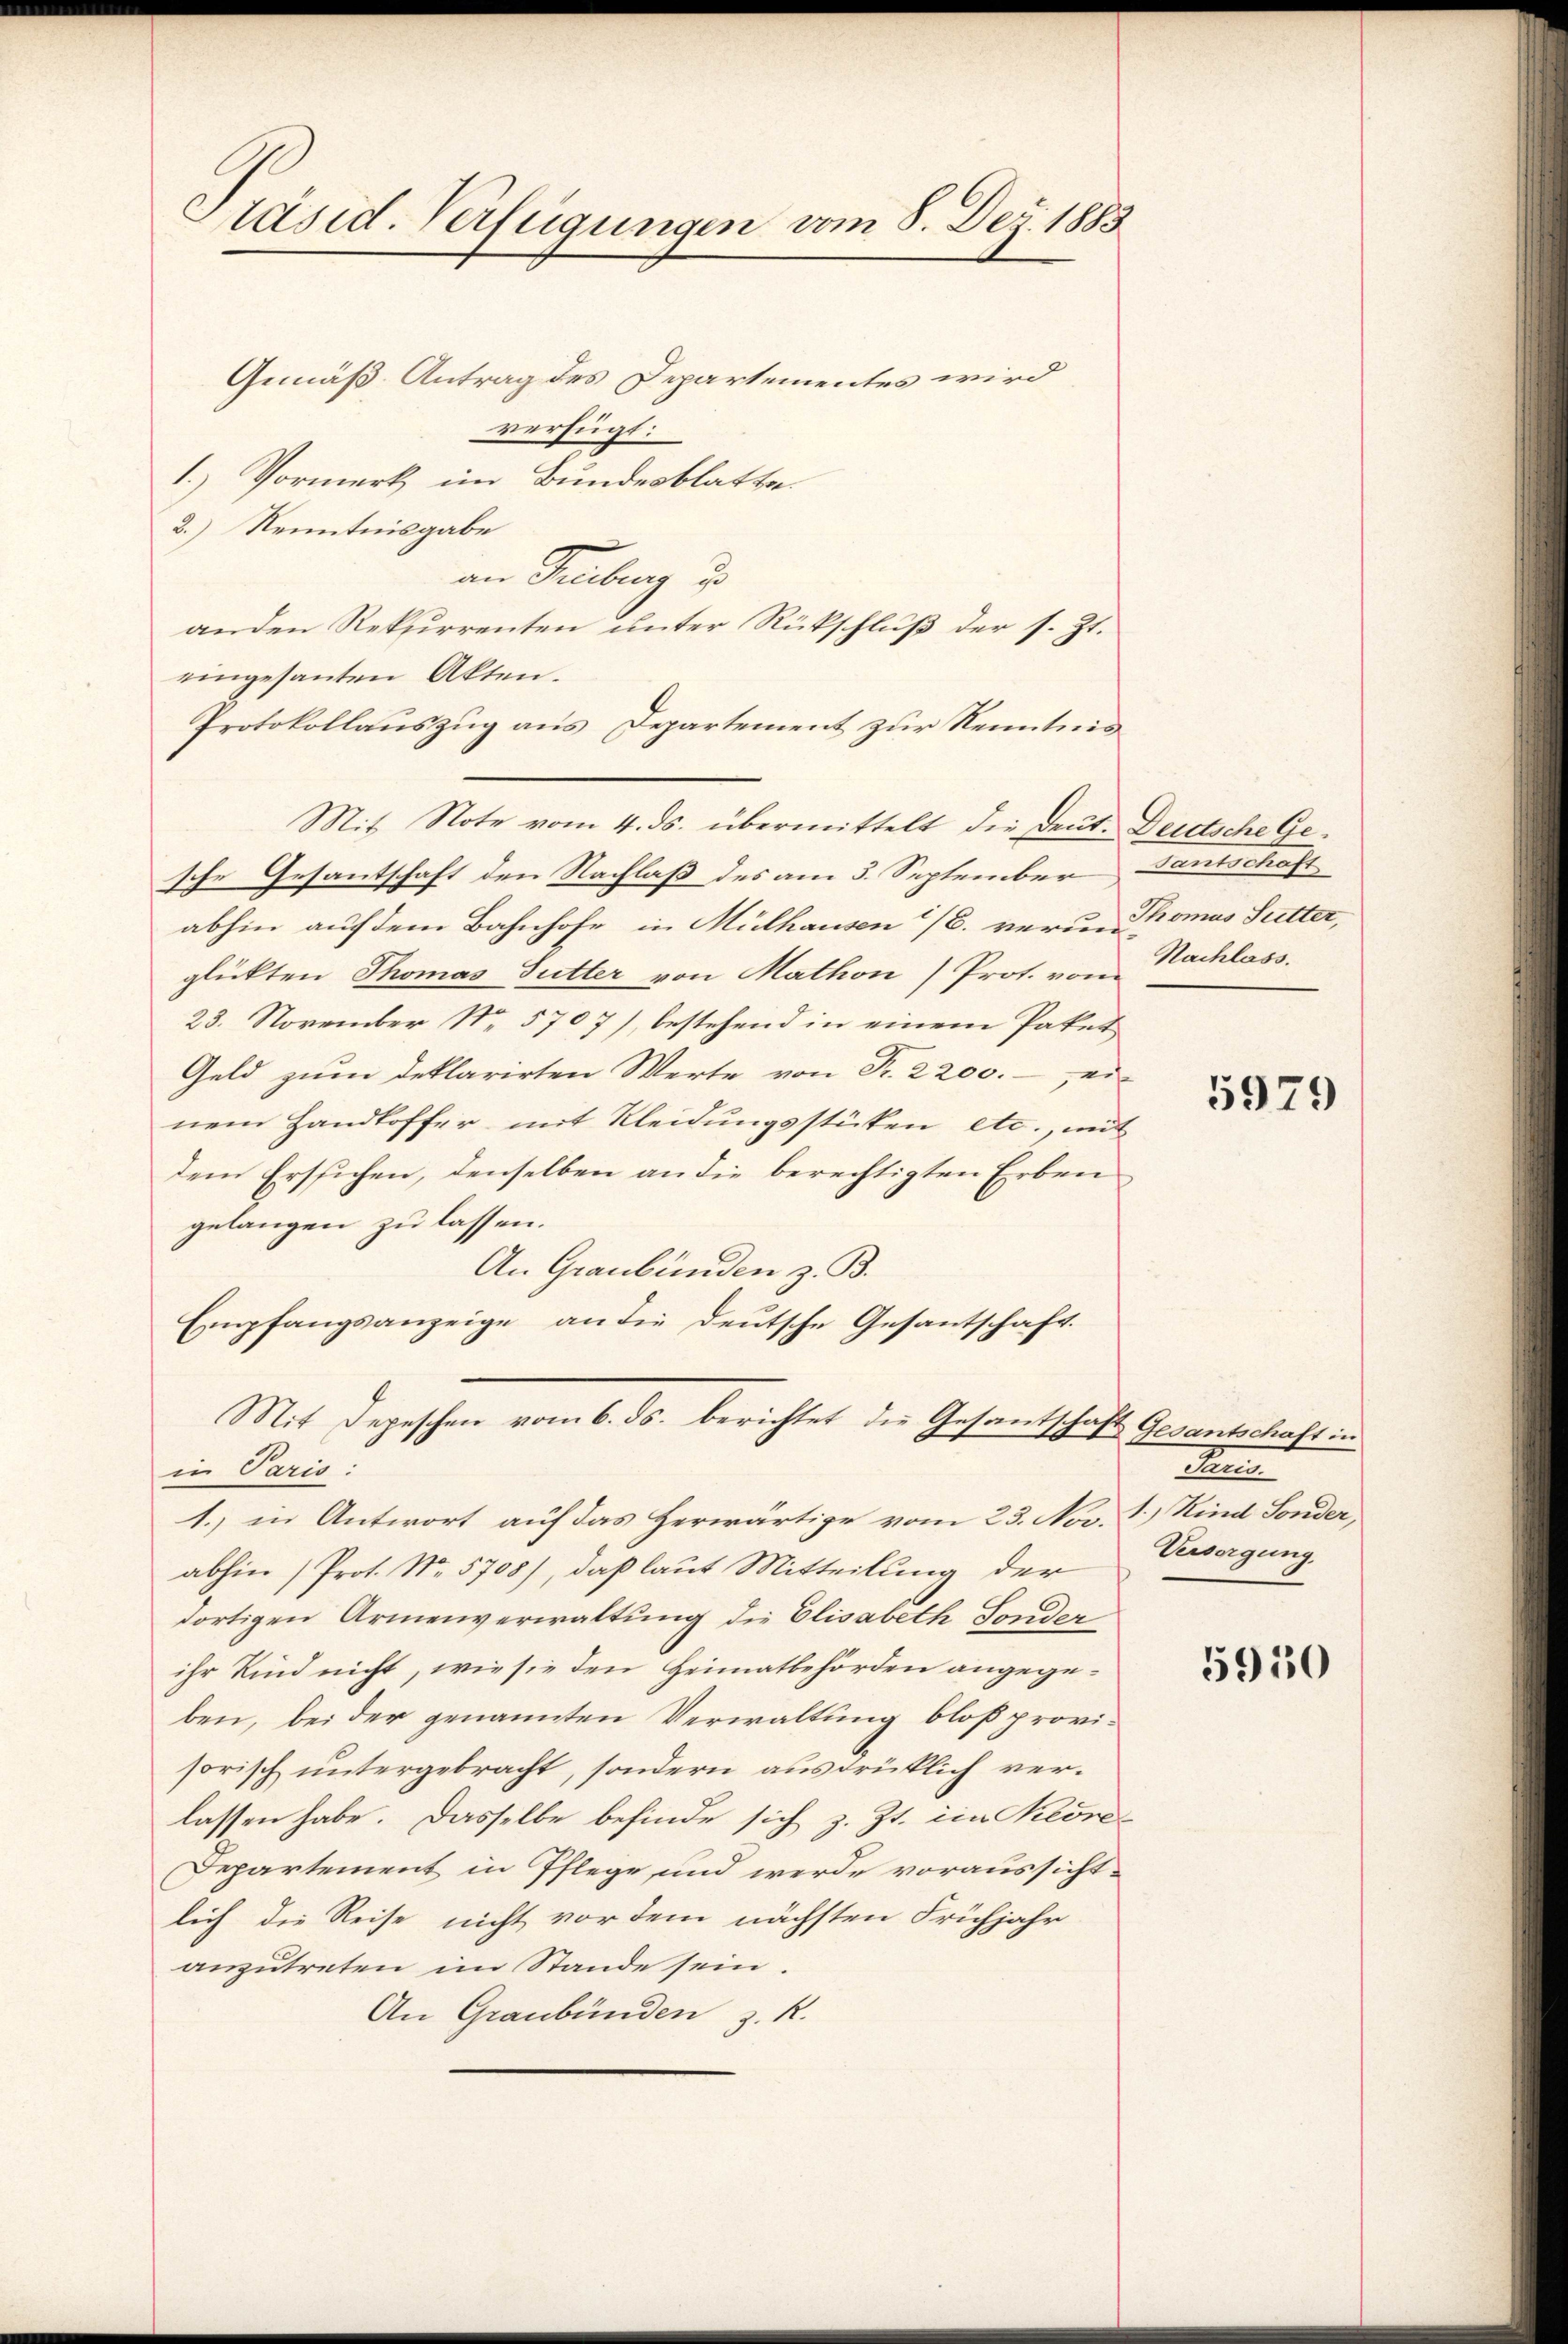
Präsid. Verfügungen vom 8. Dez. 1883

Gemäß Antrag des Departementes wird
verfügt:
1.) Vormerk im Bundesblatte.
2.) Kenntnisgabe
an Tribung d
anden Rekurrenten unter Rückschluß der s. Zt.
eingesanten Akten.
Protokollauszug aus Departement zur Kenntnis
Mit Note vom 4. ds. übermittelt die Deut. Deutsche Gesche Gesantschaft den Nachlaß des am 3. September
abhin auf dem Bahnhofe in Mülhausen 1/6. verun-
glükten Thomas Sutter von Mathon) Prot. von Nachlass.
23. November Nr. 5707), bestehend in einem Paket
Geld zum Deklarirten Werte von Fr. 2200.- ei-
nem Handloffer mit Kleidungsstücken etc., mit
dem Ersuchen, denselben an die berechtigten Erben
gelangen zu lassen.
An Graubünden z. B.
Empfangsanzeige, an die Deutsche Gesantschaft.
Mit Depeschen vom 6. ds. berichtet die Gesantschaft Gesantschaft in
in Paris:
1. in Antwort auf das Herwärtige vom 23. Nov.
abhin (Prot. No. 5708), daß laut Mitteilung der
dortigen Armenverwaltung die Elisabeth Sonder
ihr Kind nicht, wie sie den Heimatbehörden angegeben, bei der genannten Verwaltung bloß provisorisch untergebracht, sondern ausdrüklich verlassen habe. Dasselbe befinde sich z. Zt. im Kilore
Departement in Pflege und werde voraussichtlich die Reise nicht vor dem nächsten Frühjahr
anzutreten im Stande sein.
An Graubünden z. R.

santschaft
Thomas Sutter,

5979

Penn
1.) Kind Sonder,
Versorgung.

5950